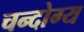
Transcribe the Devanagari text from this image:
चन्दोग्य